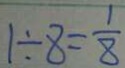
1 \div 8 = \frac { 1 } { 8 }